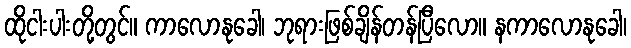
ထိုငါးပါးတို့တွင်။ ကာလောနုခေါ၊ ဘုရားဖြစ်ချိန်တန်ပြီလော။ နကာလောနုခေါ၊